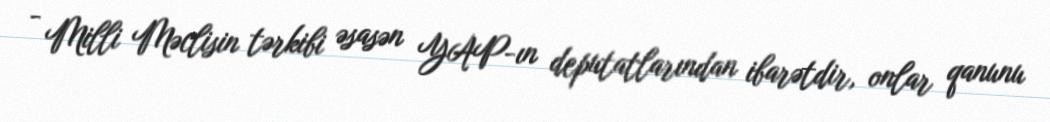
- Milli Məclisin tərkibi əsasən YAP-ın deputatlarından ibarətdir, onlar qanunu